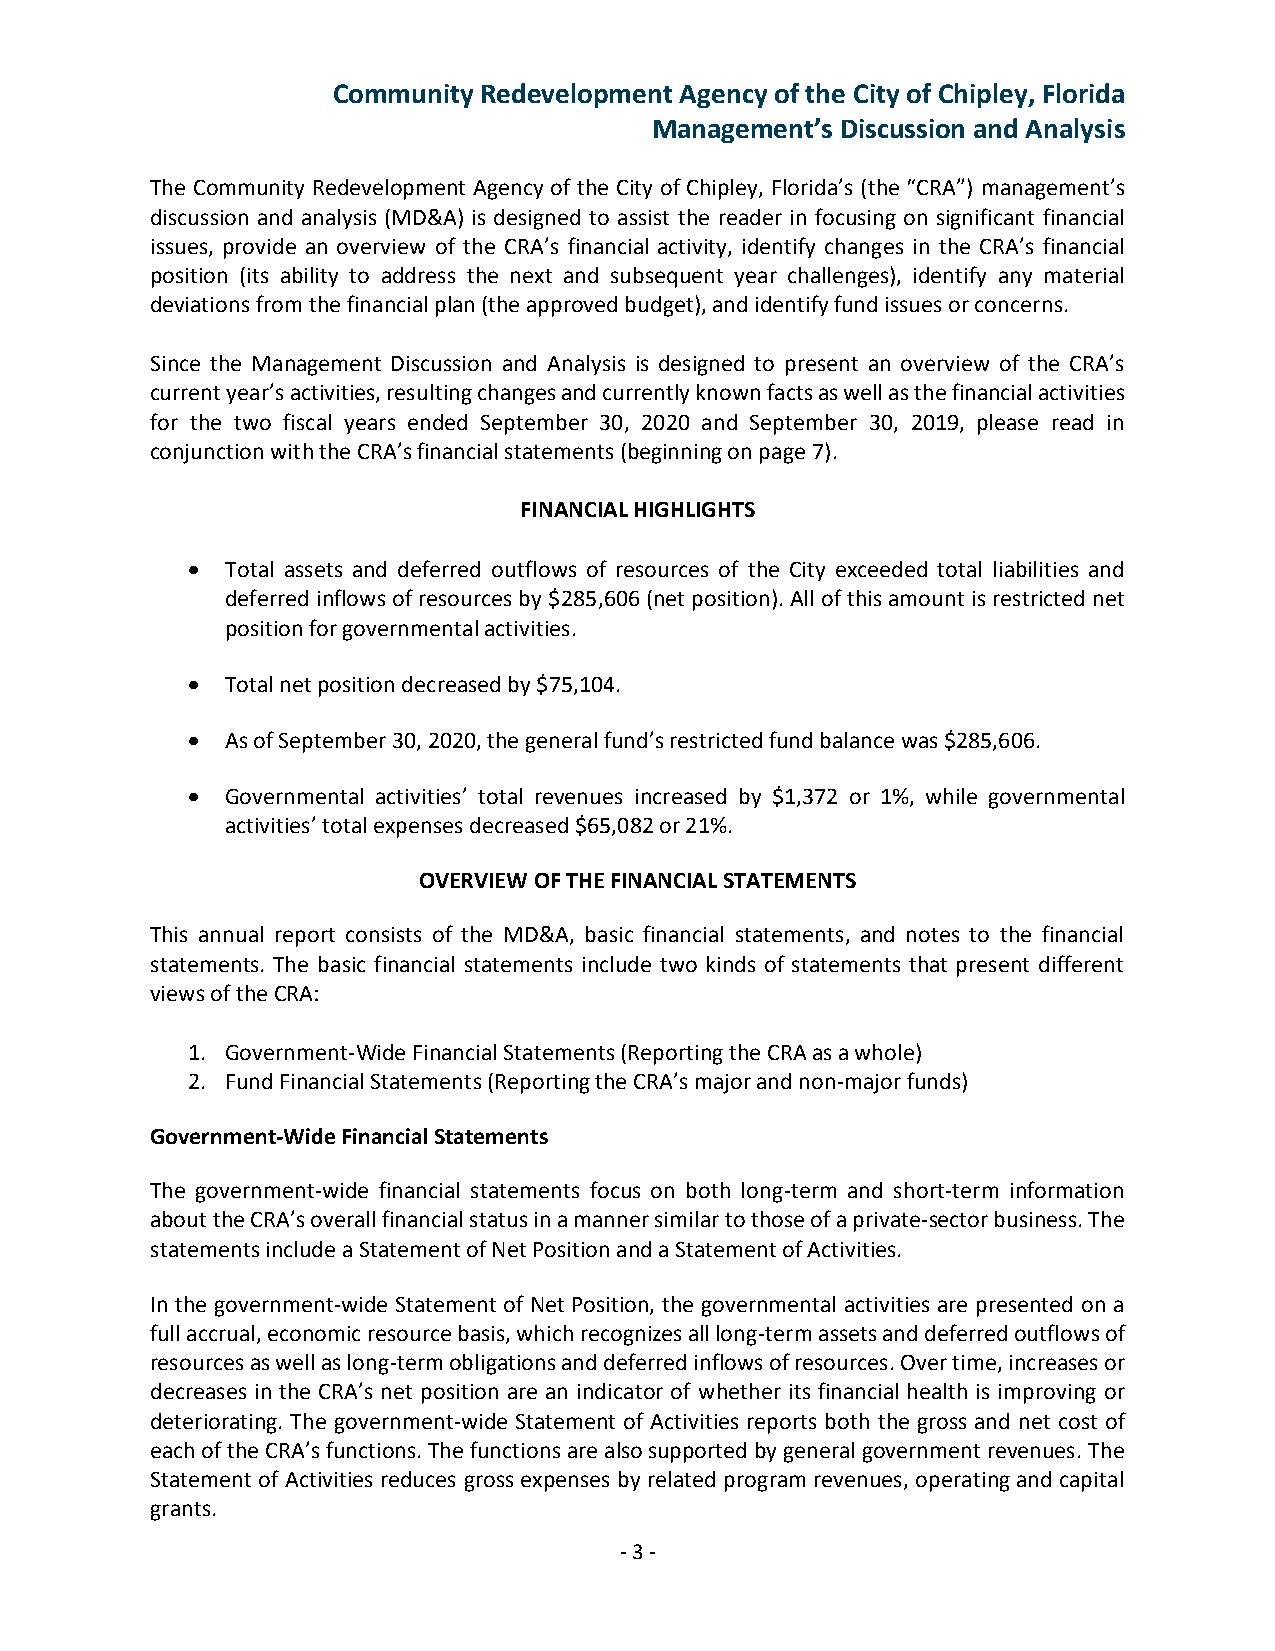
Community Redevelopment Agency of the City of Chipley, Florida
 Management’s Discussion and Analysis
 The Community Redevelopment Agency of the City of Chipley, Florida’s (the “CRA”) management’s
 discussion and analysis (MD&A) is designed to assist the reader in focusing on significant financial
 issues, provide an overview of the CRA’s financial activity, identify changes in the CRA’s financial
 position (its ability to address the next and subsequent year challenges), identify any material
 deviations from the financial plan (the approved budget), and identify fund issues or concerns.
 Since the Management Discussion and Analysis is designed to present an overview of the CRA’s
 current year’s activities, resulting changes and currently known facts as well as the financial activities
 for the two fiscal years ended September 30, 2020 and September 30, 2019, please read in
 conjunction with the CRA’s financial statements (beginning on page 7).
 FINANCIAL HIGHLIGHTS
   Total assets and deferred outflows of resources of the City exceeded total liabilities and
 deferred inflows of resources by $285,606 (net position). All of this amount is restricted net
 position for governmental activities.
   Total net position decreased by $75,104.
   As of September 30, 2020, the general fund’s restricted fund balance was $285,606.
   Governmental activities’ total revenues increased by $1,372 or 1%, while governmental
 activities’ total expenses decreased $65,082 or 21%.
 OVERVIEW OF THE FINANCIAL STATEMENTS
 This annual report consists of the MD&A, basic financial statements, and notes to the financial
 statements. The basic financial statements include two kinds of statements that present different
 views of the CRA:
 1. Government-Wide Financial Statements (Reporting the CRA as a whole)
 2. Fund Financial Statements (Reporting the CRA’s major and non-major funds)
 Government-Wide Financial Statements
 The government-wide financial statements focus on both long-term and short-term information
 about the CRA’s overall financial status in a manner similar to those of a private-sector business. The
 statements include a Statement of Net Position and a Statement of Activities.
 In the government-wide Statement of Net Position, the governmental activities are presented on a
 full accrual, economic resource basis, which recognizes all long-term assets and deferred outflows of
 resources as well as long-term obligations and deferred inflows of resources. Over time, increases or
 decreases in the CRA’s net position are an indicator of whether its financial health is improving or
 deteriorating. The government-wide Statement of Activities reports both the gross and net cost of
 each of the CRA’s functions. The functions are also supported by general government revenues. The
 Statement of Activities reduces gross expenses by related program revenues, operating and capital
 grants.
 - 3 -